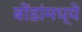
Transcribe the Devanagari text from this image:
बोंडांमध्ये